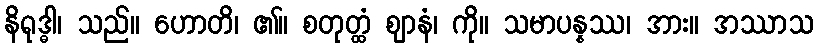
နိရုဒ္ဓါ၊ သည်။ ဟောတိ၊ ၏။ စတုတ္ထံ ဈာနံ၊ ကို။ သမာပန္နဿ၊ အား။ အဿာသ